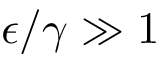
\epsilon / \gamma \gg 1